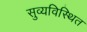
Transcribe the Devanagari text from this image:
सुव्यविस्थित